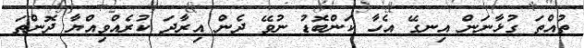
ތުއްތަ ގުޅާނަން އިނގޭ އެހާ ކަންބޮޑު ނުވޭ ދެން އިރާދަ ކުރެއްވިއްޔާ ދޮންތަ